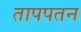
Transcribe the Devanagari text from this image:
तापपतन